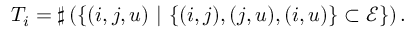
T _ { i } = \sharp \left( \{ ( i , j , u ) ~ | ~ \{ ( i , j ) , ( j , u ) , ( i , u ) \} \subset \mathscr { E } \} \right) .